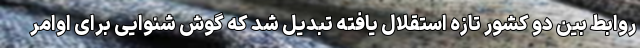
روابط بین دو کشور تازه استقلال یافته تبدیل شد که گوش شنوایی برای اوامر